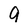
Character: 9